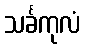
သင်္ခကုလံ